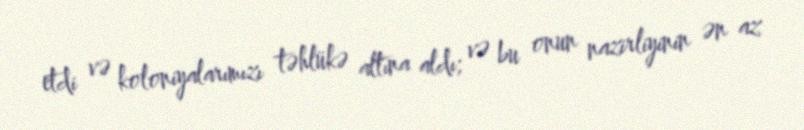
etdi və koloniyalarımızı təhlükə altına aldı; və bu onun nazirliyinin ən az